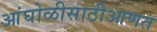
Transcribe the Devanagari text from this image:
आंघोळीसाठीआणत